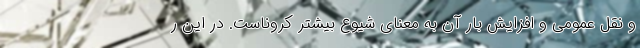
و نقل عمومی و افزایش بار آن به معنای شیوع بیشتر کروناست. در این ر